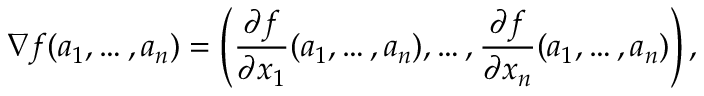
\nabla f ( a _ { 1 } , \ldots , a _ { n } ) = \left( { \frac { \partial f } { \partial x _ { 1 } } } ( a _ { 1 } , \ldots , a _ { n } ) , \ldots , { \frac { \partial f } { \partial x _ { n } } } ( a _ { 1 } , \ldots , a _ { n } ) \right) ,